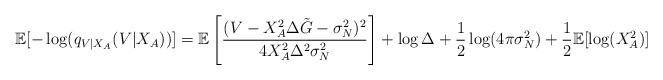
LaTeX: \begin{align*}\mathbb{E}[ -\log( q_{V|X_A}(V|X_A) ) ]= \mathbb{E}\left[ \frac{(V-X_A^2 \Delta \tilde{G} - \sigma^2_N)^2}{4 X_A^2 \Delta^2 \sigma^2_N} \right]+ \log{\Delta} + \frac{1}{2} \log(4 \pi\sigma^2_N)+ \frac{1}{2} \mathbb{E}[ \log(X_A^2) ]\end{align*}